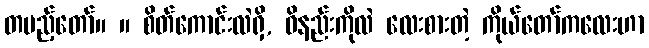
တပည့်တော်။ ။ စိတ်ကောင်းလဲရှိ, ဝိနည်းကိုလဲ လေးစားတဲ့ ကိုယ်တော်ကလေးဟာ